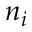
n _ { i }